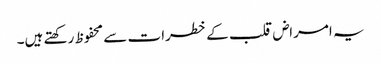
یہ امراض قلب کے خطرات سے محفوظ رکھتے ہیں۔